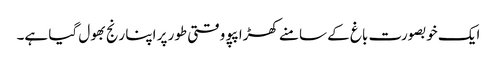
ایک خوبصورت باغ کے سامنے کھڑا پپو وقتی طور پر اپنا رنج بھول گیا ہے۔